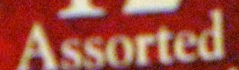
Assorted